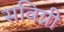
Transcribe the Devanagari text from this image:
सविग्नी